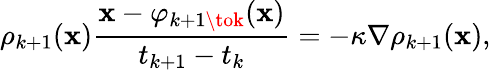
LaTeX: \rho_{k+1}(\mathbf{x})\frac{{\mathbf{x}-\varphi_{k+1\tok}(\mathbf{x})}}{{t_{k+1}-t_{k}}}=-\kappa\nabla\rho_{k+1}(\mathbf{x}),